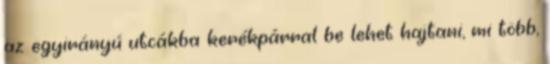
az egyirányú utcákba kerékpárral be lehet hajtani, mi több,